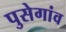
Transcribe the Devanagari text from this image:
पुसेगांव